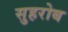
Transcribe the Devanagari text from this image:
सुहरोब